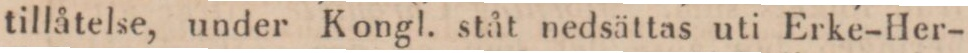
tillåtelse, under Kongl. ståt nedsättas uti Erke-Her-